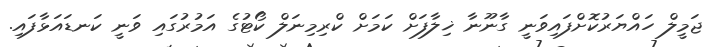
ޖަމީލް ހައްޔަރުކޮށްފައިވަނީ ގާނޫނާ ޚިލާފަށް ކަމަށް ކްރިމިނަލް ކޯޓުގެ އަމުރުގައި ވަނީ ކަނޑައަޅާފައި.